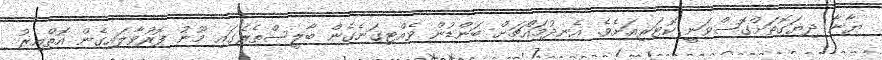
ޔާނާ ދިޔަގޮތަށްގޮސްވަނީ ކޮޓަރިއަށެވެ. އެނދުމައްޗަށް ބަންޑުން ވެއްޓިގަނެގެން ބާލީސްތެރޭގައި މޫނު ފޮރުވާލައިގެން އޮތްއިރު